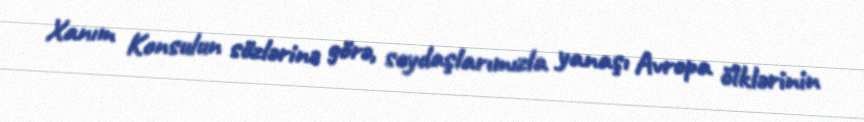
Xanım Konsulun sözlərinə görə, soydaşlarımızla yanaşı Avropa ölklərinin